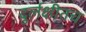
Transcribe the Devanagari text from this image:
दुर्लक्षीतच